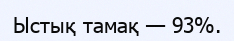
Ыстық тамақ — 93%.